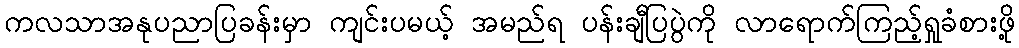
ကလသာအနုပညာပြခန်းမှာ ကျင်းပမယ့် အမည်ရ ပန်းချီပြပွဲကို လာရောက်ကြည့်ရှုခံစားဖို့